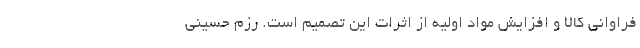
فراوانی کالا و افزایش مواد اولیه از اثرات این تصمیم است. رزم حسینی